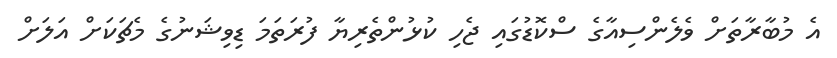
އެ މުބާރާތަށް ވެލެންސިއާގެ ސްކޮޑުގައި ޖެހި ކުޅުންތެރިޔާ ފުރަތަމަ ޑިވިޝަނުގެ މެޗަކަށް އަލަށް